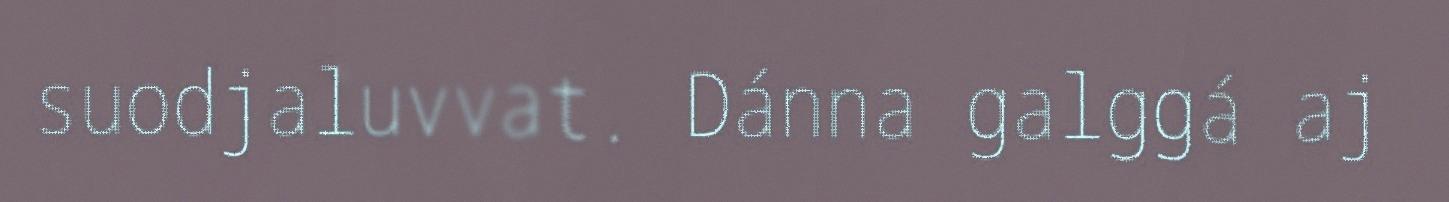
suodjaluvvat. Dánna galggá aj